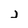
Character: j